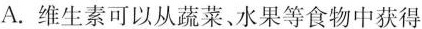
A.维生素可以从蔬菜、水果等食物中获得